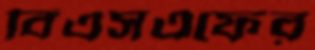
বিএসএফের